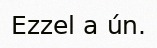
Ezzel a ún.